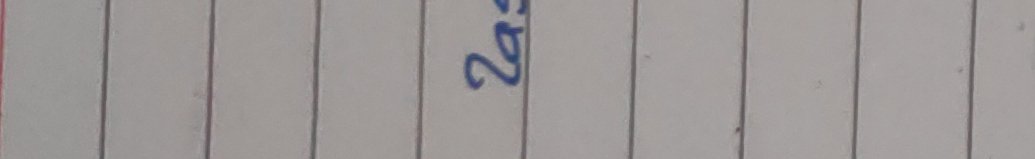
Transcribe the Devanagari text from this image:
२९